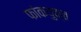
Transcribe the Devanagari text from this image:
फांकयुक्त